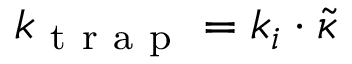
k _ { \mathrm { ~ t ~ r ~ a ~ p ~ } } = k _ { i } \cdot \tilde { \kappa }